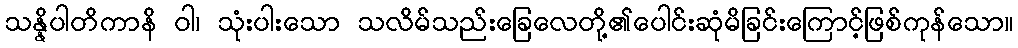
သန္နိပါတိကာနိ ဝါ၊ သုံးပါးသော သလိမ်သည်းခြေလေတို့၏ပေါင်းဆုံမိခြင်းကြောင့်ဖြစ်ကုန်သော။